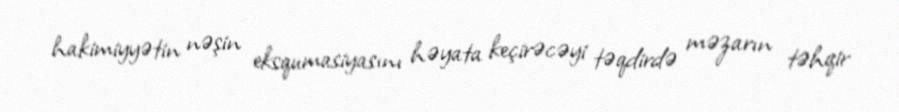
hakimiyyətin nəşin eksqumasiyasını həyata keçirəcəyi təqdirdə məzarın təhqir